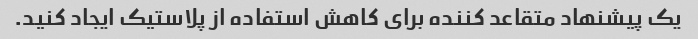
یک پیشنهاد متقاعد کننده برای کاهش استفاده از پلاستیک ایجاد کنید.